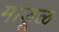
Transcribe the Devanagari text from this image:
मांडूळ